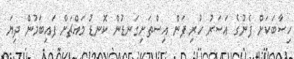
ހިސާބަކަށް ފެނުގެ އަސަރު ހުރި ފަން އިސްތަށިގަނޑުން ކޮނޑު މައްޗަށް ފައިބަމުން ދިޔަ